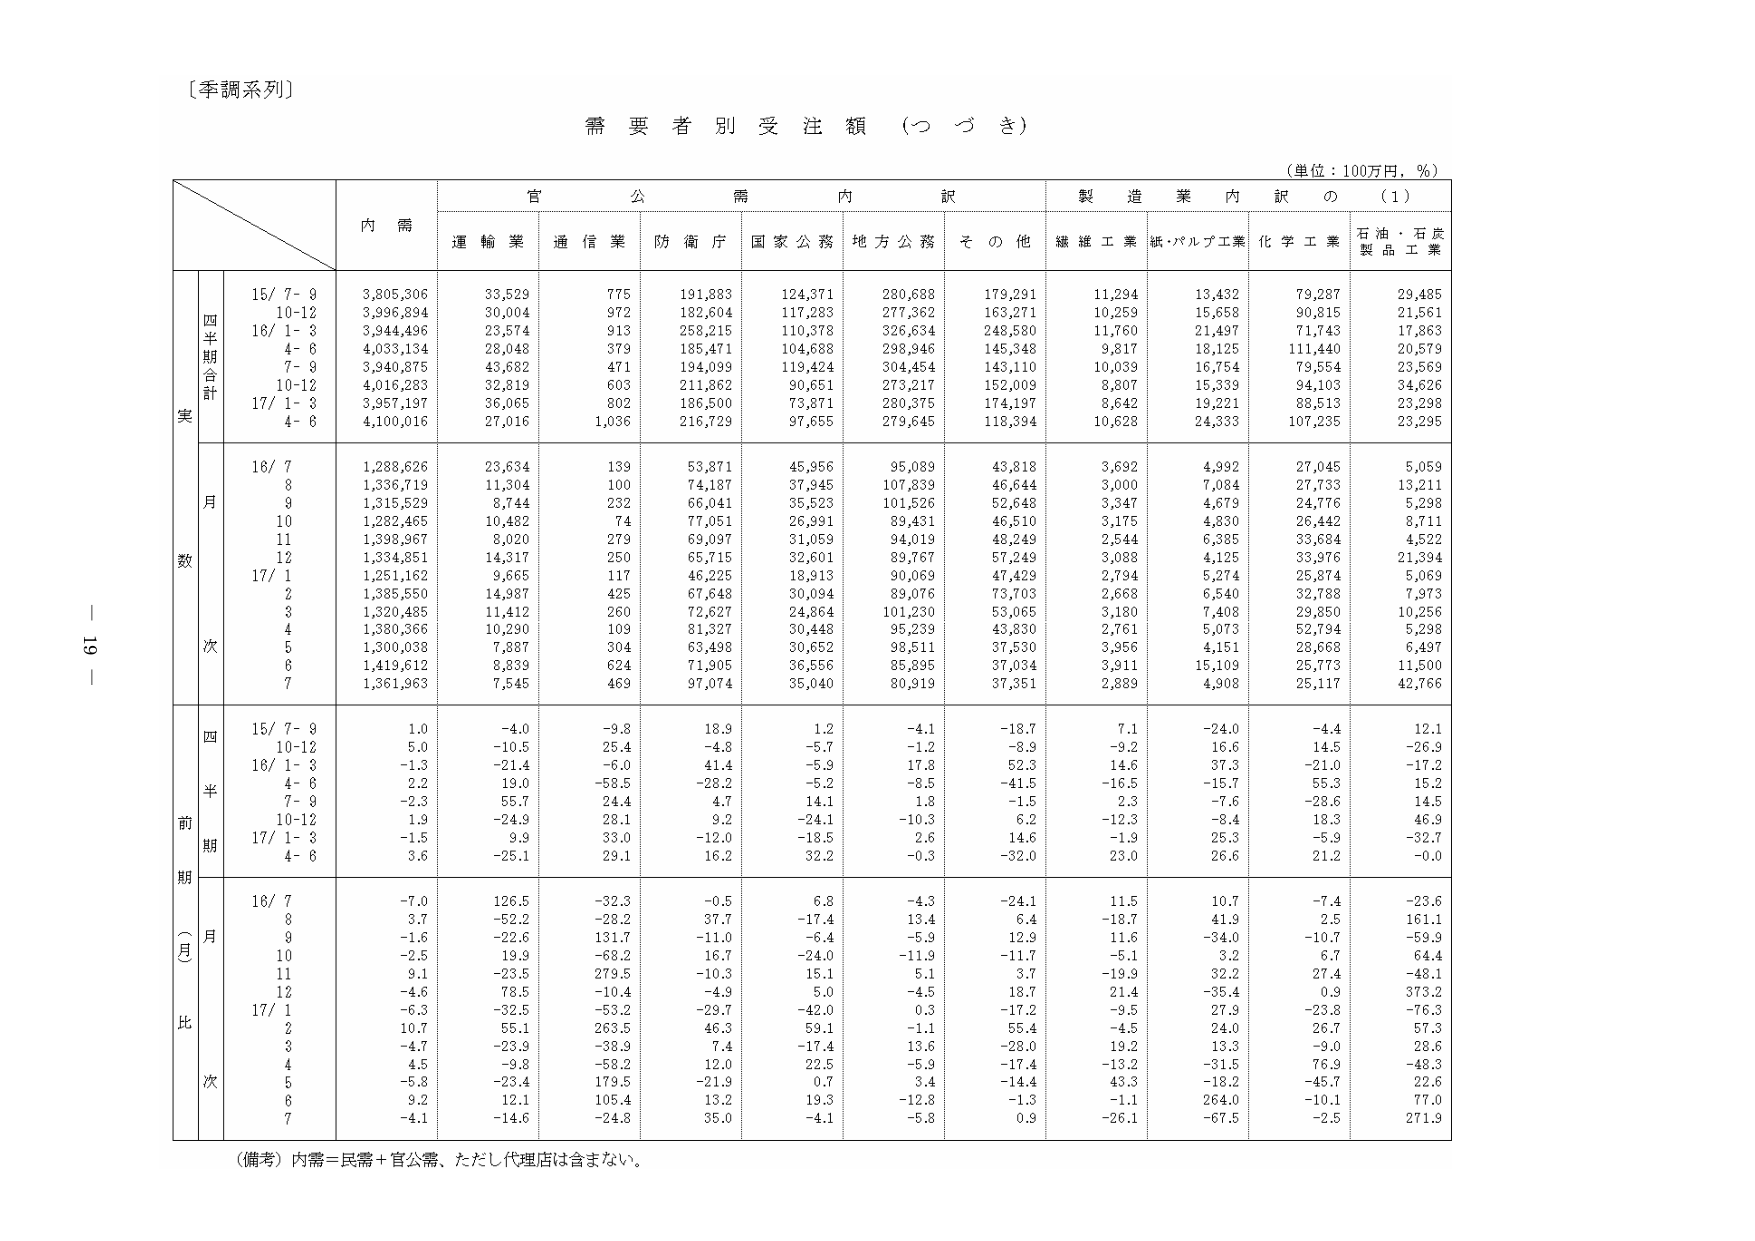
〔季調系列〕

需要者別受注額（つづき）

（単位：100万円，％）